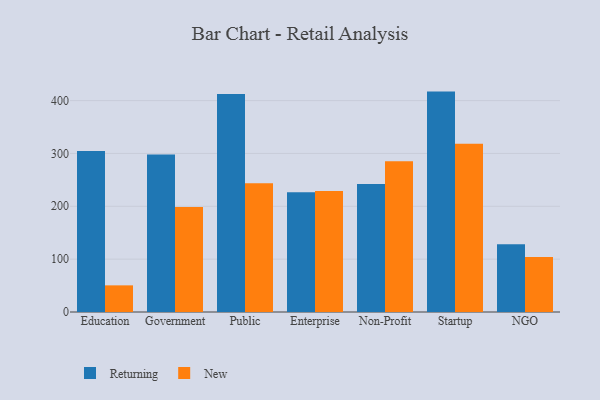
{"axis": {"x": "Segment", "y": "Churn Rate (%)"}, "legend": ["New", "Returning"], "data": [{"x": "Education", "y": 304.7, "type": "Returning"}, {"x": "Education", "y": 50.4, "type": "New"}, {"x": "Government", "y": 297.8, "type": "Returning"}, {"x": "Government", "y": 198.5, "type": "New"}, {"x": "Public", "y": 412.4, "type": "Returning"}, {"x": "Public", "y": 243.4, "type": "New"}, {"x": "Enterprise", "y": 226.4, "type": "Returning"}, {"x": "Enterprise", "y": 229.1, "type": "New"}, {"x": "Non-Profit", "y": 242.2, "type": "Returning"}, {"x": "Non-Profit", "y": 285.1, "type": "New"}, {"x": "Startup", "y": 417.0, "type": "Returning"}, {"x": "Startup", "y": 318.2, "type": "New"}, {"x": "NGO", "y": 128.1, "type": "Returning"}, {"x": "NGO", "y": 104.0, "type": "New"}]}